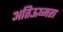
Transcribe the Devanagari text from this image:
अतिऊष्मता